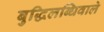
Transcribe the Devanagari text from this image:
बुद्धिलब्धिवाले